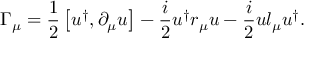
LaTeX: \Gamma _ { \mu } = \frac { 1 } { 2 } \left[ u ^ { \dagger } , \partial _ { \mu } u \right] - \frac { i } { 2 } u ^ { \dagger } r _ { \mu } u - \frac { i } { 2 } u l _ { \mu } u ^ { \dagger } .